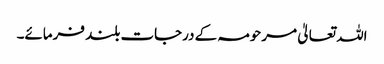
اللہ تعالیٰ مرحومہ کے درجات بلند فرمائے۔